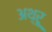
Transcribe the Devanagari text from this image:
अथ़्रू